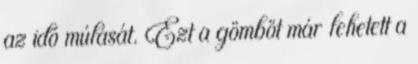
az idõ múlását. Ezt a gömböt már lehetett a